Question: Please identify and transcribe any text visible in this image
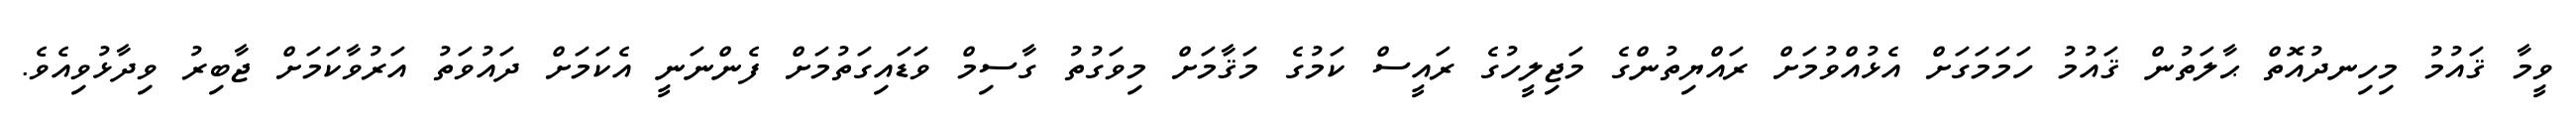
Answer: ވީމާ ޤައުމު މިހިނދުއޮތް ޙާލަތުން ޤައުމު ހަމަމަގަށް އެޅުއްވުމަށް ރައްޔިތުންގެ މަޖިލީހުގެ ރައީސް ކަމުގެ މަޤާމަށް މިވަގުތު ގާސިމް ވަޑައިގަތުމަށް ފެންނަނީ އެކަމަށް ދައުވަތު އަރުވާކަމަށް ޖާބިރު ވިދާޅުވިއެވެ.